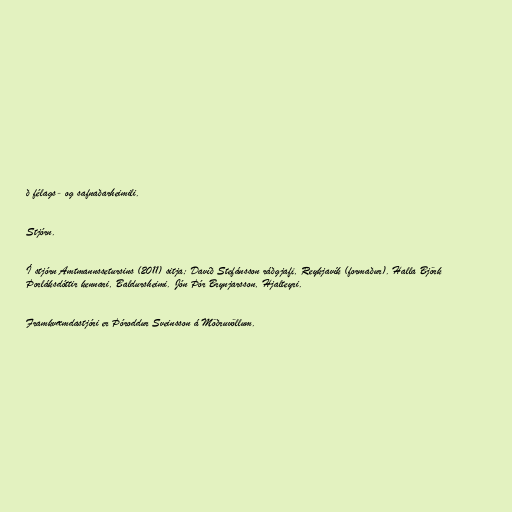
ð félags- og safnaðarheimili.

Stjórn.

Í stjórn Amtmannssetursins (2011) sitja; Davíð Stefánsson ráðgjafi, Reykjavík (formaður). Halla Björk
Þorláksdóttir kennari, Baldursheimi. Jón Þór Brynjarsson, Hjalteyri.

Framkvæmdastjóri er Þóroddur Sveinsson á Möðruvöllum.